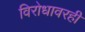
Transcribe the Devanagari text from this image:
विरोधावरही